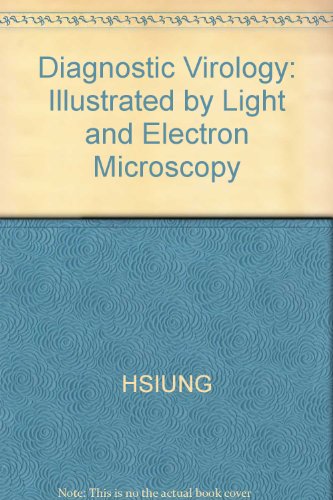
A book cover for Diagnostic Virology; G. D. Hsiung; Medical Books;